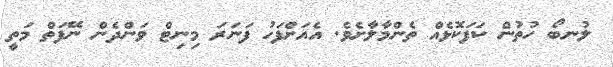
ލުނބޯ ހުތުން ކަފަކޮޅެއް ތެންމާލާށެވެ. އެއަށްފަހު ފަނަރަ މިނިޓް ވަންދެން ނޭފަތް މަތީ